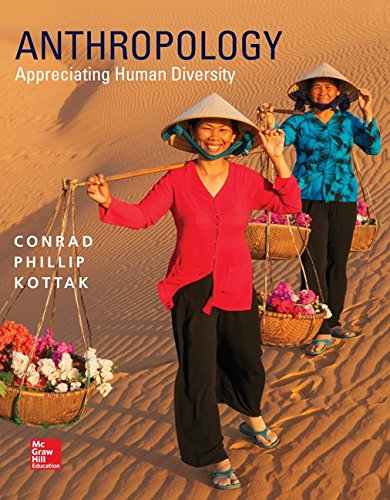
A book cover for Anthropology: Appreciating Human Diversity; Conrad Kottak; Science & Math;